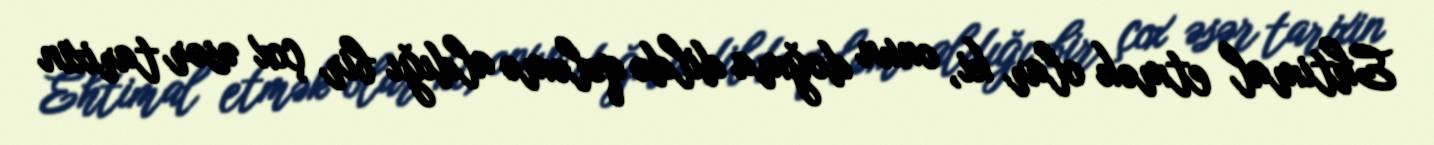
Ehtimal etmək olar ki, onun doğma dildə qələmə aldığı bir çox əsər tarixin